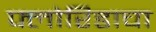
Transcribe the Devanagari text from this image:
फ्लोरिडाचा